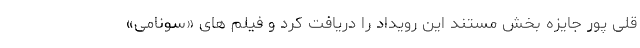
قلی پور جایزه بخش مستند این رویداد را دریافت کرد و فیلم های «سونامی»